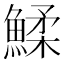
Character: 鰇